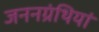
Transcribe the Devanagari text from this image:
जननग्रंथियां